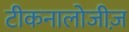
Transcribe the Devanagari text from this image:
टीकनालोजीज़